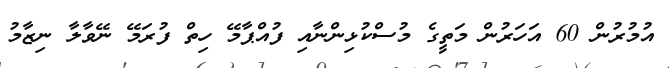
އުމުރުން 60 އަހަރުން މަތީގެ މުސްކުޅިންނާއި ފުއްޕާމޭ ހިތް ފުރަމޭ ނޭވާލާ ނިޒާމު